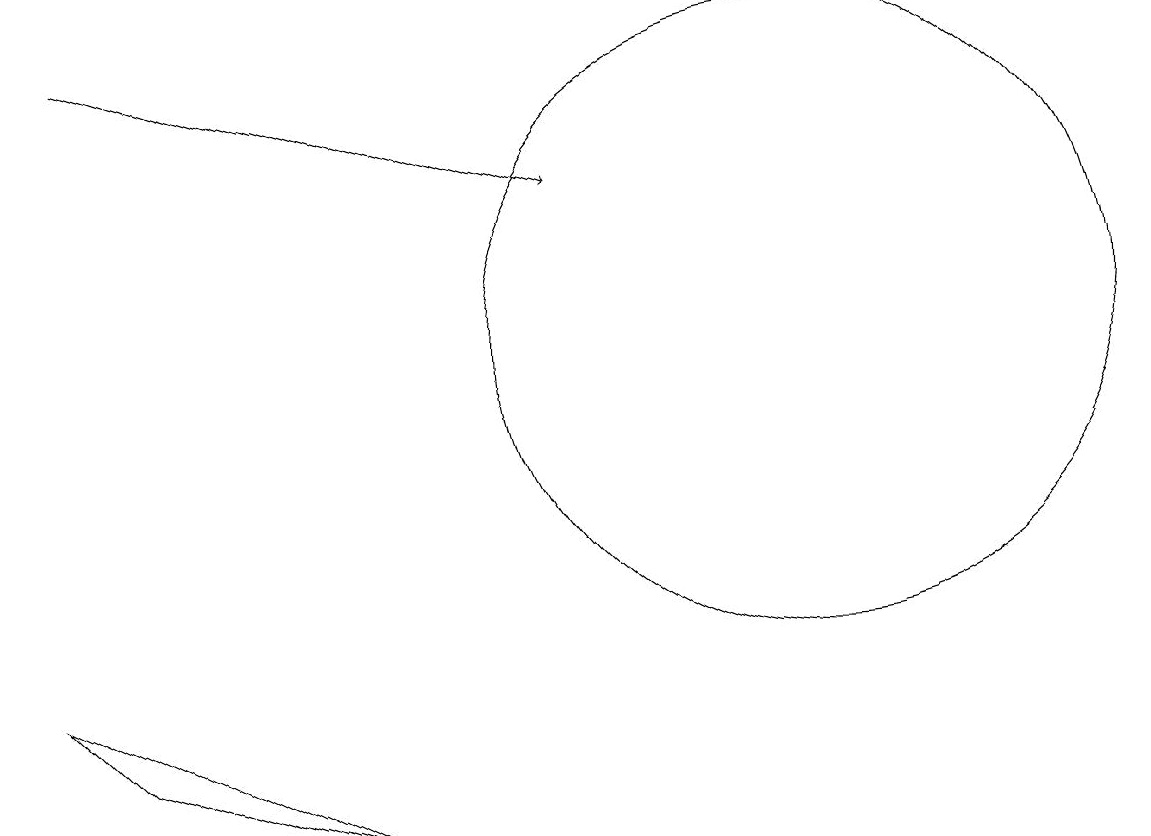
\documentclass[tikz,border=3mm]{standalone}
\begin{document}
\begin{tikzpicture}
\draw (10,12) circle (4);
\draw (1,7) -- (4,6) -- (0,8) -- cycle;
\draw (10,12) circle (0);
\draw[->] (1,16) -- (7,14);
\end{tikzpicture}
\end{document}